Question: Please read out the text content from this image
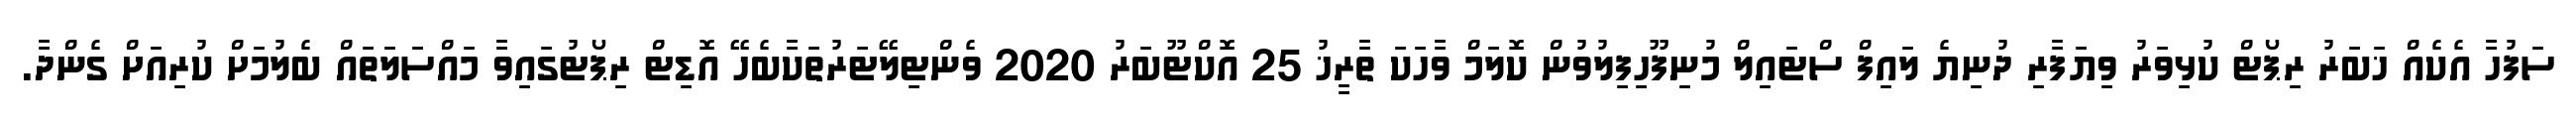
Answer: ސަފުހާ އެކެއް ޚަބަރު ރިޕޯޓް ކުޅިވަރު ވިޔަފާރި ދުނިޔެ ލައިފް ސްޓައިލް މުނިފޫހިފިލުވުން ކޮލަމް ވާހަކަ ތާރީޚު 25 އޮކްޓޫބަރު 2020 ވެންޓިލޭޓަރުތަކާބެހޭ އޮޑިޓް ރިޕޯޓުގައިވާ މައްސަލަތައް ބެލުމަށް ކުރިއަށް ގެންދާ.